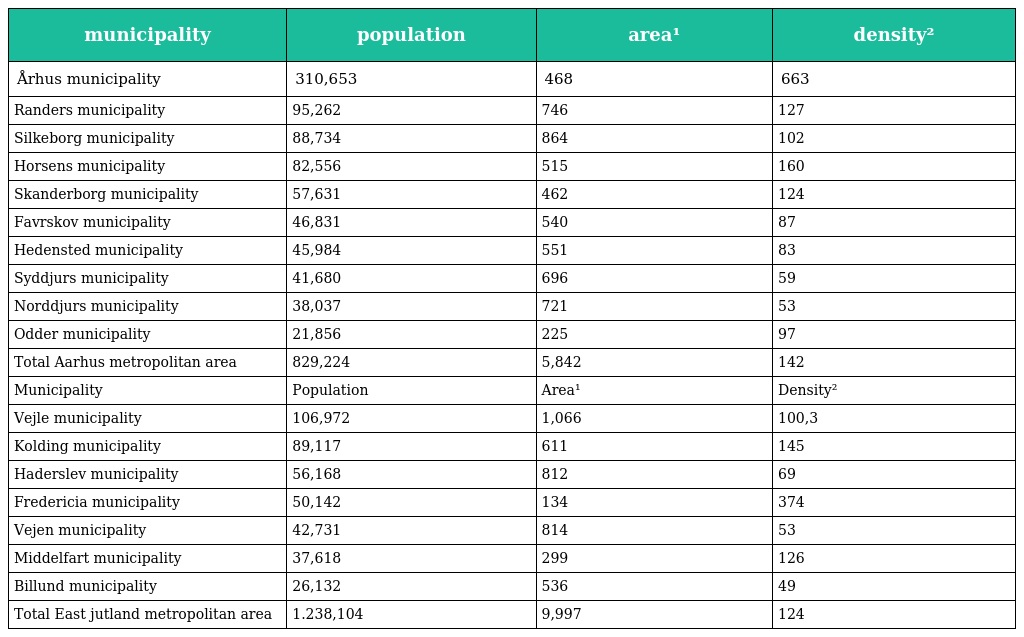
| municipality | population | area¹ | density² |
 | --- | --- | --- | --- |
 | Århus municipality | 310,653 | 468 | 663 |
 | Randers municipality | 95,262 | 746 | 127 |
 | Silkeborg municipality | 88,734 | 864 | 102 |
 | Horsens municipality | 82,556 | 515 | 160 |
 | Skanderborg municipality | 57,631 | 462 | 124 |
 | Favrskov municipality | 46,831 | 540 | 87 |
 | Hedensted municipality | 45,984 | 551 | 83 |
 | Syddjurs municipality | 41,680 | 696 | 59 |
 | Norddjurs municipality | 38,037 | 721 | 53 |
 | Odder municipality | 21,856 | 225 | 97 |
 | Total Aarhus metropolitan area | 829,224 | 5,842 | 142 |
 | Municipality | Population | Area¹ | Density² |
 | Vejle municipality | 106,972 | 1,066 | 100,3 |
 | Kolding municipality | 89,117 | 611 | 145 |
 | Haderslev municipality | 56,168 | 812 | 69 |
 | Fredericia municipality | 50,142 | 134 | 374 |
 | Vejen municipality | 42,731 | 814 | 53 |
 | Middelfart municipality | 37,618 | 299 | 126 |
 | Billund municipality | 26,132 | 536 | 49 |
 | Total East jutland metropolitan area | 1.238,104 | 9,997 | 124 |